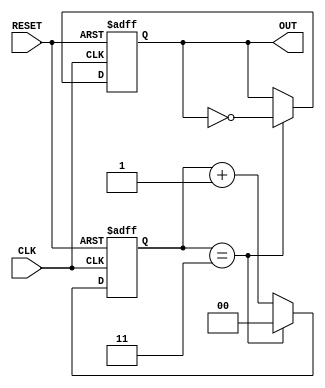
module FrequencyDividerCounter #(
    parameter N = 4  // Division factor, configurable parameter
)(
    input wire CLK,    // Input clock signal
    input wire RESET,  // Reset signal
    output reg OUT     // Output signal
);

    reg [$clog2(N)-1:0] counter;  // Counter to hold the current count value

    // Always block for counting and output generation
    always @(posedge CLK or posedge RESET) begin
        if (RESET) begin
            counter <= 0;  // Reset the counter
            OUT <= 0;      // Reset the output
        end else begin
            if (counter == N-1) begin
                OUT <= ~OUT;  // Toggle the output signal
                counter <= 0;  // Reset the counter
            end else begin
                counter <= counter + 1;  // Increment the counter
            end
        end
    end

endmodule